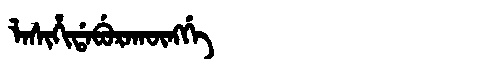
Manchu: ᠯᠠᠰᡳᡥᡳᡩᠠᠪᡠᡵᠠᡴᡡᠩᡤᡝ
Romanization: LASIHIDABURAKŪNGGE